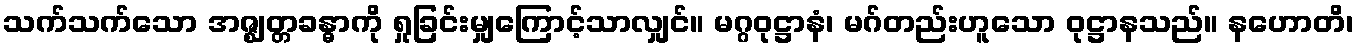
သက်သက်သော အဇ္ဈတ္တခန္ဓာကို ရှုခြင်းမျှကြောင့်သာလျှင်။ မဂ္ဂဝုဋ္ဌာနံ၊ မဂ်တည်းဟူသော ဝုဋ္ဌာနသည်။ နဟောတိ၊